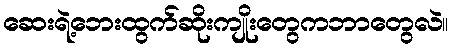
ဆေးရဲ့ဘေးထွက်ဆိုးကျိုးတွေကဘာတွေလဲ။